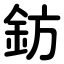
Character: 鈁